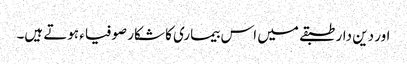
اور دین دار طبقے میں اس بیماری کا شکار صوفیاء ہوتے ہیں۔